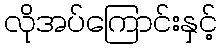
လိုအပ်ကြောင်းနှင့်